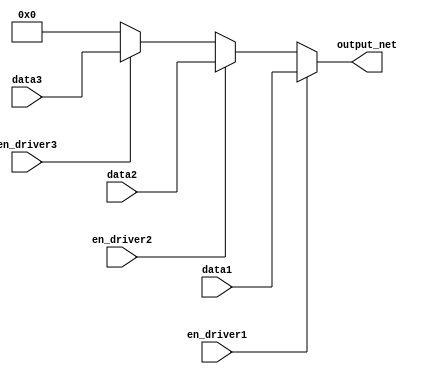
module multiple_drivers (
    input wire en_driver1,
    input wire en_driver2,
    input wire en_driver3,
    input wire [7:0] data1,
    input wire [7:0] data2,
    input wire [7:0] data3,
    output reg [7:0] output_net
);

    always @(*) begin
        // Default value for output_net
        output_net = 8'b0;

        // Priority resolution logic
        if (en_driver1) begin
            output_net = data1; // Driver 1 has the highest priority
        end else if (en_driver2) begin
            output_net = data2; // Driver 2 has a lower priority than Driver 1
        end else if (en_driver3) begin
            output_net = data3; // Driver 3 has the lowest priority
        end
    end
endmodule